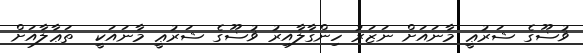
ޥުޟޫގެ ޝަރުޢީ މާނައަށް ނަޒަރު ހިންގާލާއިރު ޥުޟޫގެ ޝަރުޢީ މާނައަކީ  ތަޢާލާއަށް